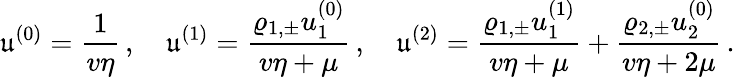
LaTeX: \mathfrak{u}^{(0)}=\frac{1}{v\eta}\, ,\quad\mathfrak{u}^{(1)}=\frac{\varrho_{1,\pm}u_{1}^{(0)}}{v\eta+\mu}\, ,\quad\mathfrak{u}^{(2)}=\frac{\varrho_{1,\pm}u_{1}^{(1)}}{v\eta+\mu}+\frac{\varrho_{2,\pm}u_{2}^{(0)}}{v\eta+2\mu}\, .